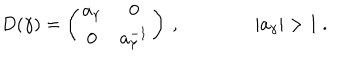
D ( \gamma ) = \left( \begin{array} { c c } { { a _ { \gamma } } } & { { 0 } } \\ { { 0 } } & { { a _ { \gamma } ^ { - 1 } } } \\ \end{array} \right) \: , \qquad \qquad | a _ { \gamma } | > 1 \: .